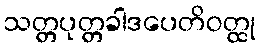
သတ္တပုတ္တခါဒပေတိဝတ္ထု